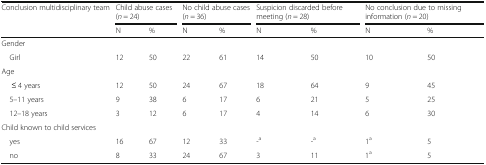
| Conclusion multidisciplinary team | <COLSPAN=2> Child abuse cases (n = 24) | <COLSPAN=2> No child abuse cases (n = 36) | <COLSPAN=2> Suspicion discarded before meeting (n = 28) | <COLSPAN=2> No conclusion due to missing information (n = 20) |
 |  | N | % | N | % | N | % | N | % |
 | --- | --- | --- | --- | --- | --- | --- | --- | --- |
 | <COLSPAN=9> Gender |
 | Girl | 12 | 50 | 22 | 61 | 14 | 50 | 10 | 50 |
 | <COLSPAN=9> Age |
 | ≤ 4 years | 12 | 50 | 24 | 67 | 18 | 64 | 9 | 45 |
 | 5–11 years | 9 | 38 | 6 | 17 | 6 | 21 | 5 | 25 |
 | 12–18 years | 3 | 12 | 6 | 17 | 4 | 14 | 6 | 30 |
 | <COLSPAN=9> Child known to child services |
 | yes | 16 | 67 | 12 | 33 | -a | -a | 1a | 5 |
 | no | 8 | 33 | 24 | 67 | 3 | 11 | 1a | 5 |